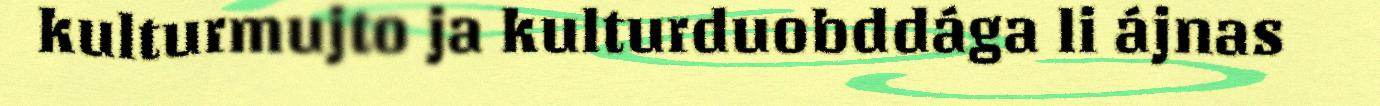
kulturmujto ja kulturduobddága li ájnas